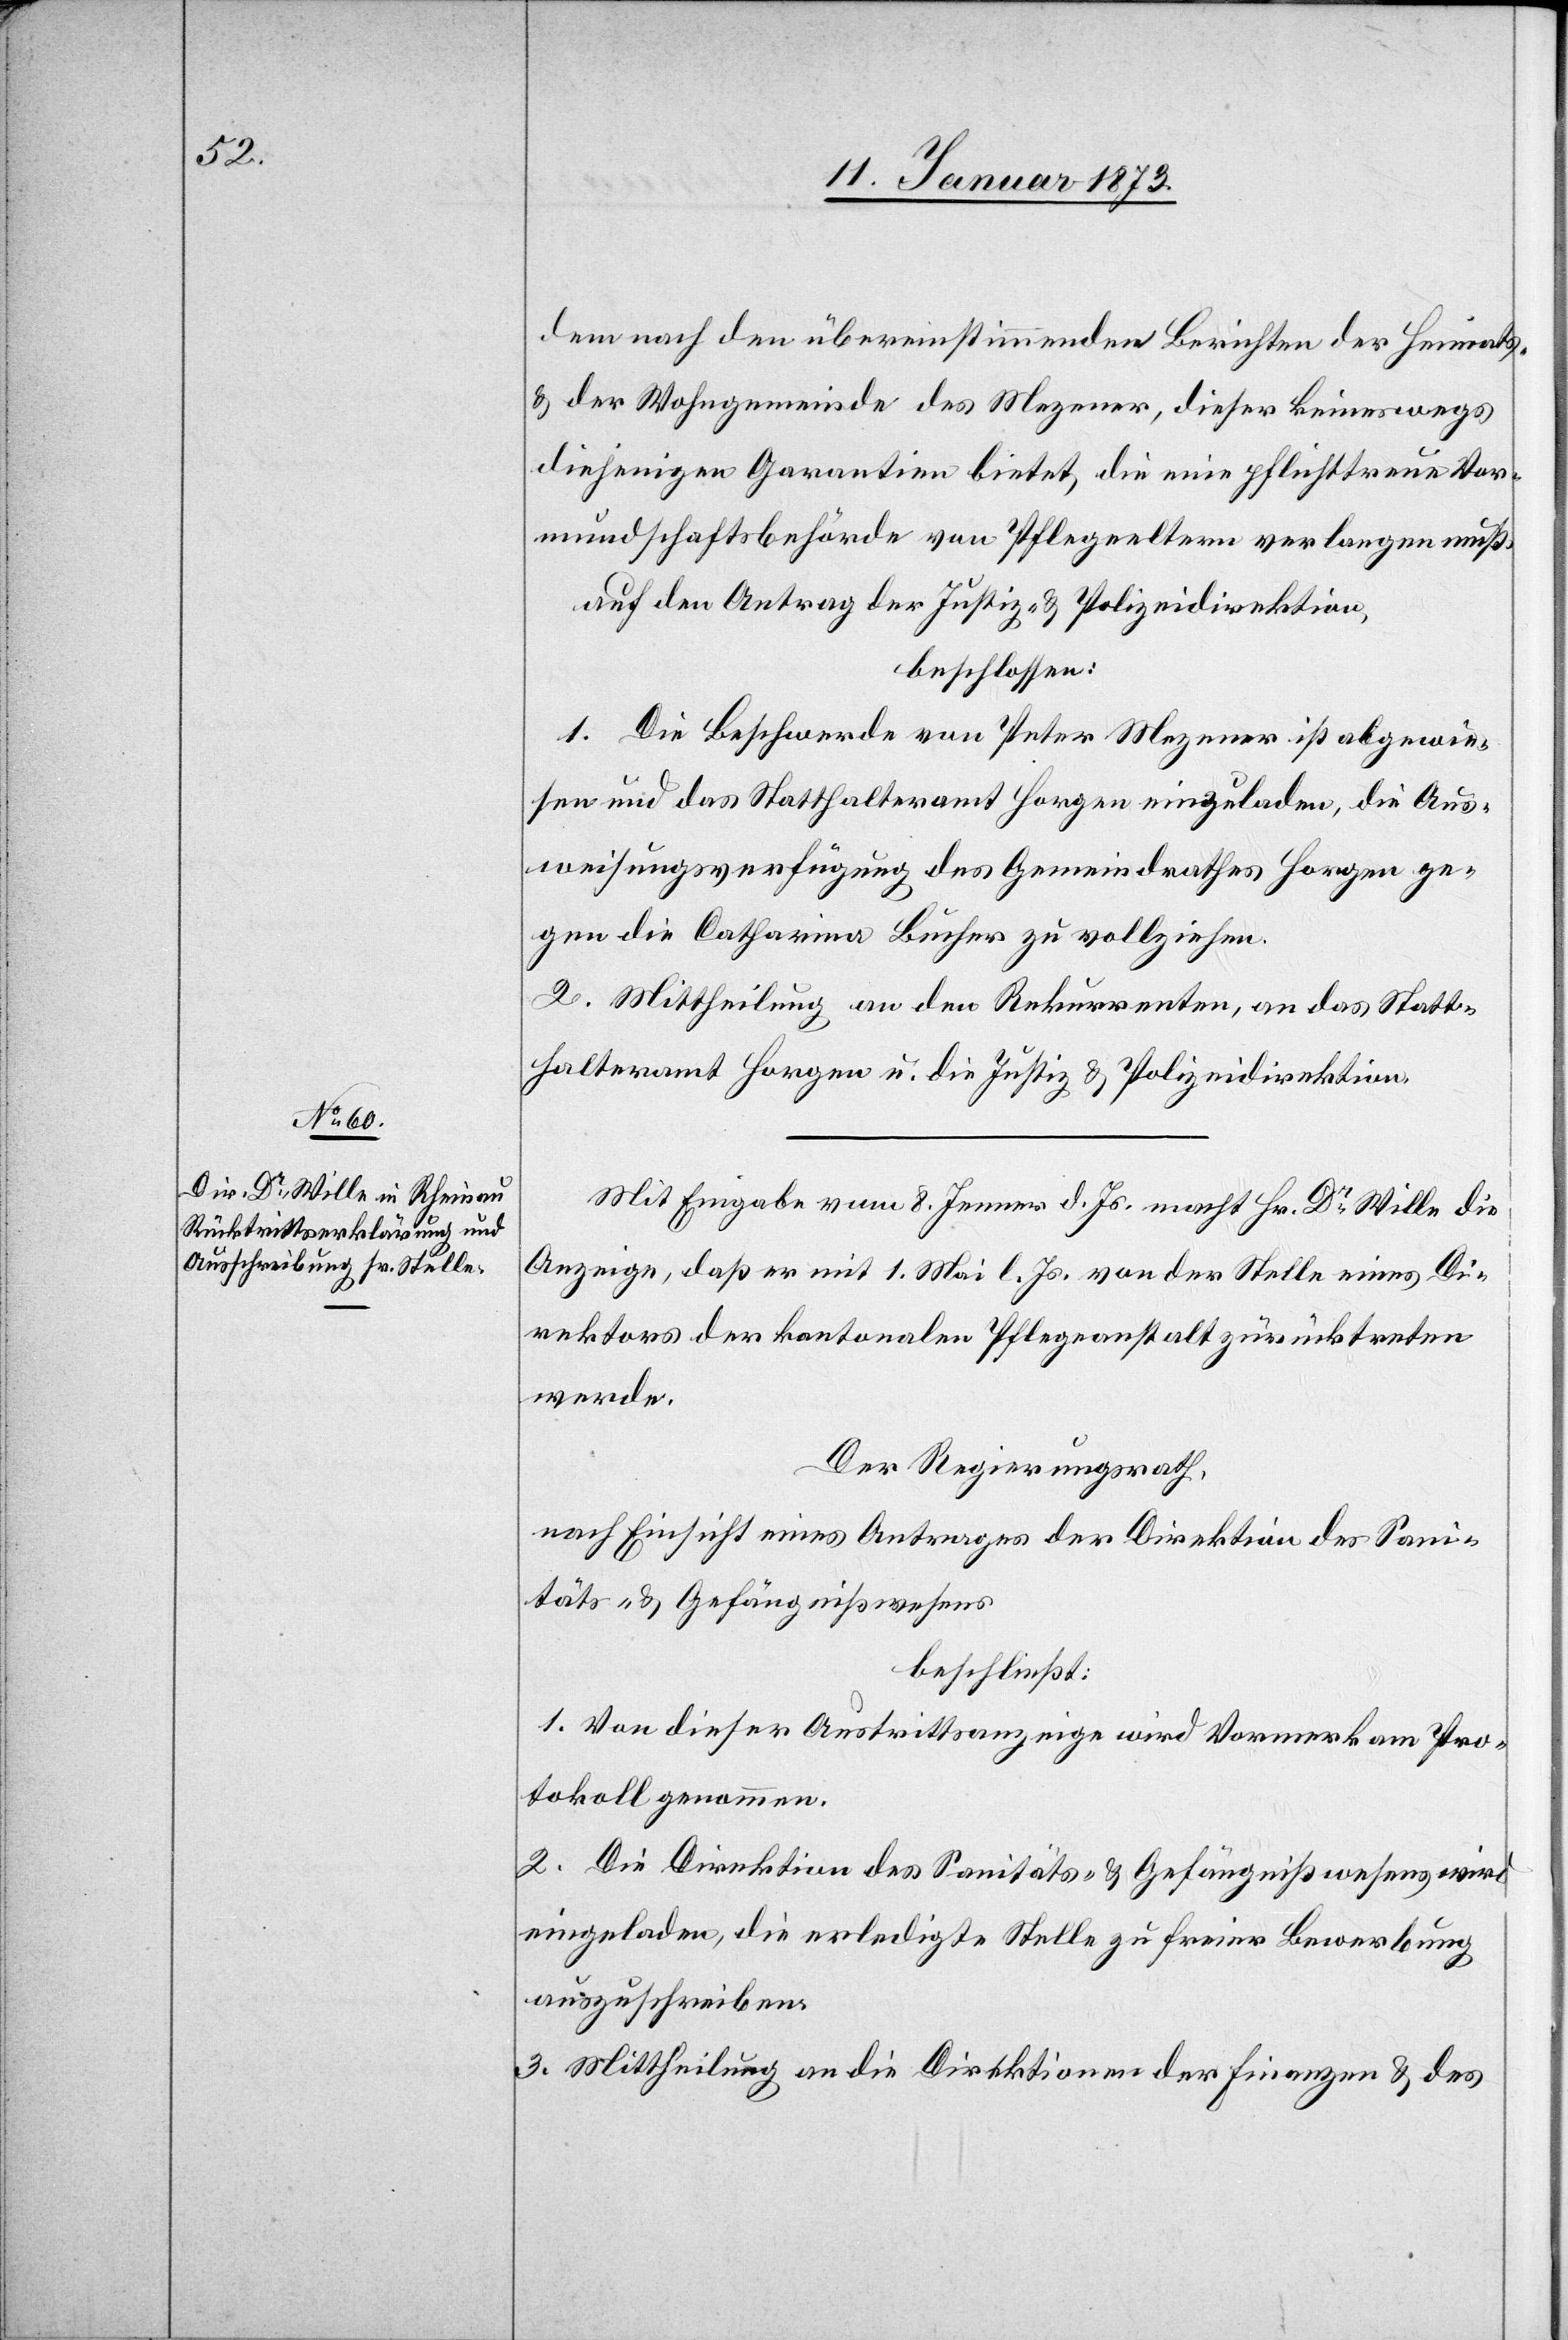
dem noch den übereinstimmenden Berichten der Heimats-
& der Wohngemeinde des Mezener, dieser keineswegs
diejenigen Garantien bietet, die eine pflichttreue Vor¬
mundschaftsbehörde von Pflegeeltern verlangen muß.
auf den Antrag der Justiz- & Polizeidirektion,
beschlossen:
1. Die Beschwerde von Peter Mezener ist abgewie¬
sen und das Statthalteramt Horgen einzuladen, die Aus¬
weisungsverfügung des Gemeindrathes Horgen ge¬
gen die Catharina Bucher zu vollziehen.
2. Mittheilung an den Rekurrenten, an das Statt¬
halteramt Horgen u. die Justiz[-] & Polizeidirektion.
Mit Eingabe vom 8. Jenner d. Js. macht Hr. Dr. Wille die
Anzeige, daß er mit 1. Mai l. Js. von der Stelle eines Di¬
rektors der kantonalen Pflegeanstalt zurücktreten
werde.
Der Regierungsrath,
nach Einsicht eines Antrages der Direktion des Sani¬
täts- & Gefängnißwesens
beschließt:
1. Von dieser Austrittsanzeige wird Vormerk am Pro¬
tokoll genommen.
2. Die Direktion des Sanitäts- & Gefängnißwesens wird
eingeladen, die erledigte Stelle zu freier Bewerbung
auszuschreiben.
3. Mittheilung an die Direktion der Finanzen & des